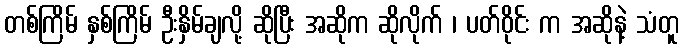
တစ်ကြိမ် နှစ်ကြိမ် ဦးနှိမ်ချလို့ ဆိုပြီး အဆိုက ဆိုလိုက် ၊ ပတ်ဝိုင်း က အဆိုနဲ့ သံတူ